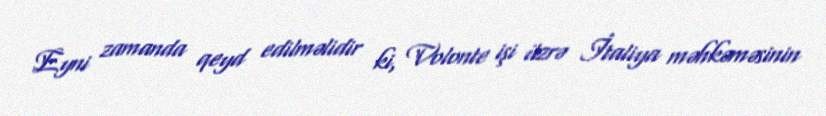
Eyni zamanda qeyd edilməlidir ki, Volonte işi üzrə İtaliya məhkəməsinin